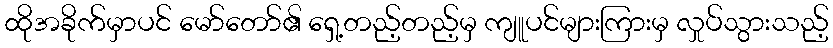
ထိုအခိုက်မှာပင် မော်တော်၏ ရှေ့တည့်တည့်မှ ကျူပင်များကြားမှ လှုပ်သွားသည့်